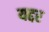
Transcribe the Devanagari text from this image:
यद्दर